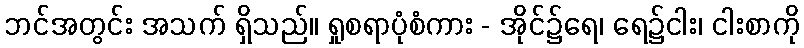
ဘင်အတွင်း အသက် ရှိသည်။ ရှုစရာပုံစံကား - အိုင်၌ရေ၊ ရေ၌ငါး၊ ငါးစာကို